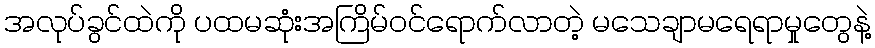
အလုပ်ခွင်ထဲကို ပထမဆုံးအကြိမ်ဝင်ရောက်လာတဲ့ မသေချာမရေရာမှုတွေနဲ့